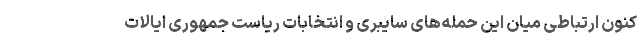
کنون ارتباطی میان این حمله‌های سایبری و انتخابات ریاست جمهوری ایالات